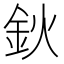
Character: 鈥